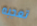
تعجبه